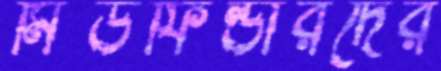
মিডফিল্ডারদের